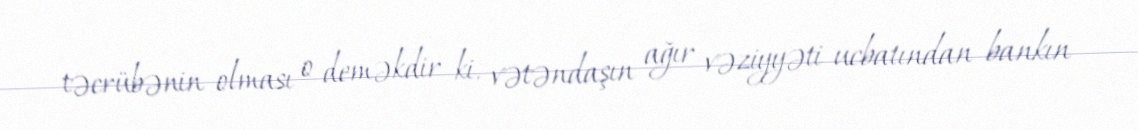
təcrübənin olması o deməkdir ki, vətəndaşın ağır vəziyyəti ucbatından bankın